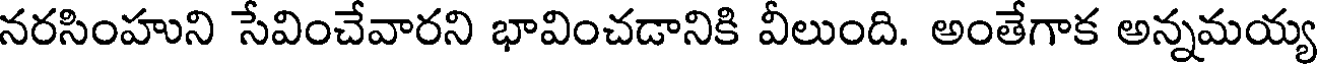
నరసింహుని సేవించేవారని భావించడానికి వీలుంది. అంతేగాక అన్నమయ్య